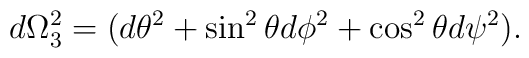
d\Omega_3^{2}=(d\theta ^{2}+\sin ^{2}\theta d\phi ^{2}+\cos ^{2}\theta d\psi^{2}).